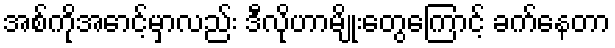
အစ်ကိုအောင့်မှာလည်း ဒီလိုဟာမျိုးတွေကြောင့် ခက်နေတာ